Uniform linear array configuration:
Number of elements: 64
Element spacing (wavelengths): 0.5
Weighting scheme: kaiser
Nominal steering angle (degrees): -60
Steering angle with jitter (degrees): -59.197
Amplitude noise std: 0.05
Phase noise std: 0.05

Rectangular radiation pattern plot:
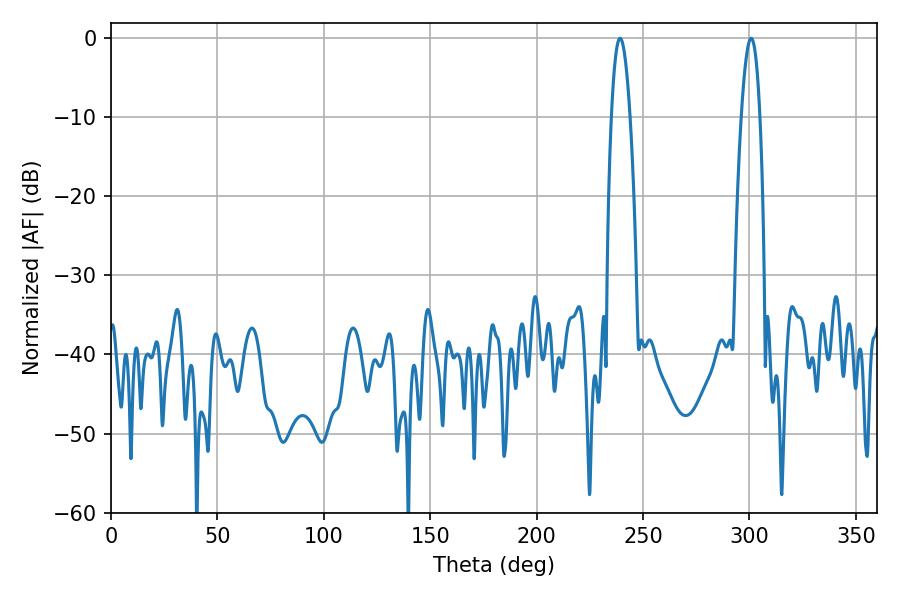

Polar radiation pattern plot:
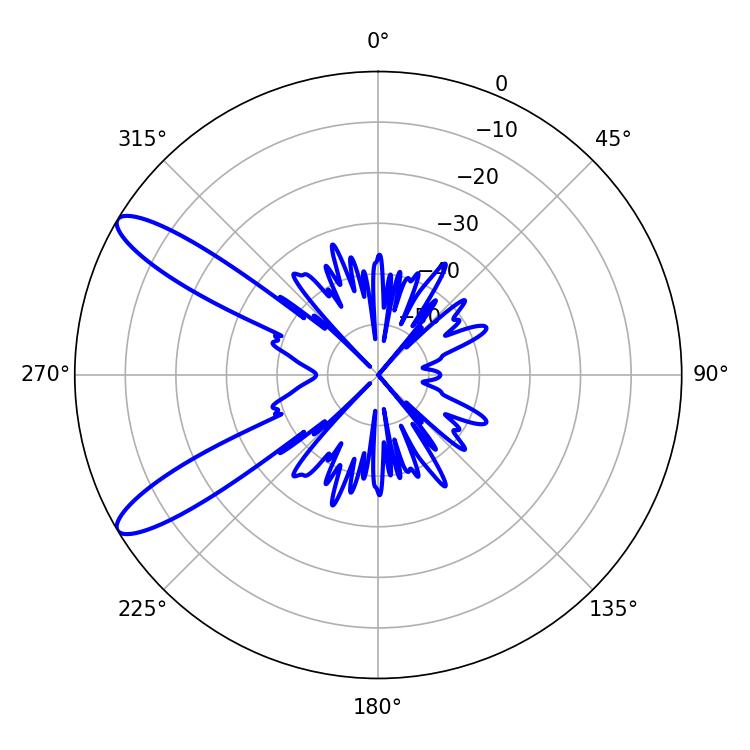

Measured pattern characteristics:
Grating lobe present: FALSE
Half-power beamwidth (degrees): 4.86
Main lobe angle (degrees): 239.22